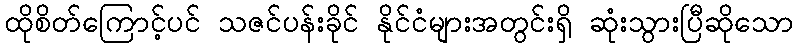
ထိုစိတ်ကြောင့်ပင် သဇင်ပန်းခိုင် နိုင်ငံများအတွင်းရှိ ဆုံးသွားပြီဆိုသော